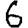
Digit: 6